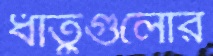
ধাতুগুলোর